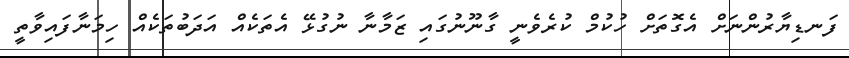
ފަނޑިޔާރުންނަށް އެގޮތަށް ހުކުމް ކުރެވެނީ ގާނޫނުގައި ޒަމާނާ ނުގުޅޭ އެތަކެއް އަދަބުތަކެއް ހިމަނާފައިވާތީ